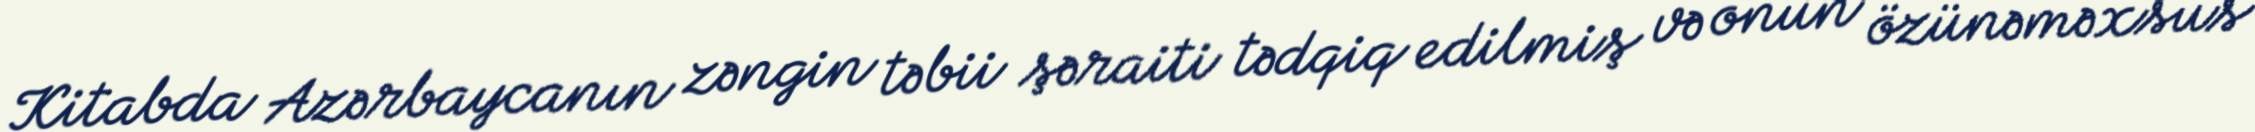
Kitabda Azərbaycanın zəngin təbii şəraiti tədqiq edilmiş və onun özünəməxsus